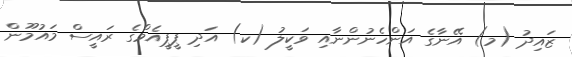
ޒައިދު (މ) އޭނާގެ އަންހެނުންނާއި ވަކީލު (ކ) އަދި ޕީޕީއެމްގެ ރައީސް މައުމޫން